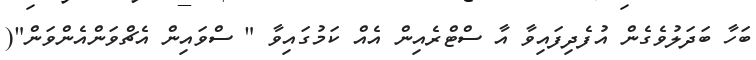
ބަހާ ބަދަލުވެގެން އުފެދިފައިވާ އާ ސްޓްރެއިން އެއް ކަމުގައިވާ " ސްވައިން އެޗްވަންއެންވަން"(